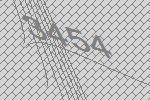
3454